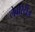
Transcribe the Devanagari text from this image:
लेबोरेट्रीज